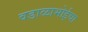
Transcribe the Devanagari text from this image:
वडाळाभोईचा